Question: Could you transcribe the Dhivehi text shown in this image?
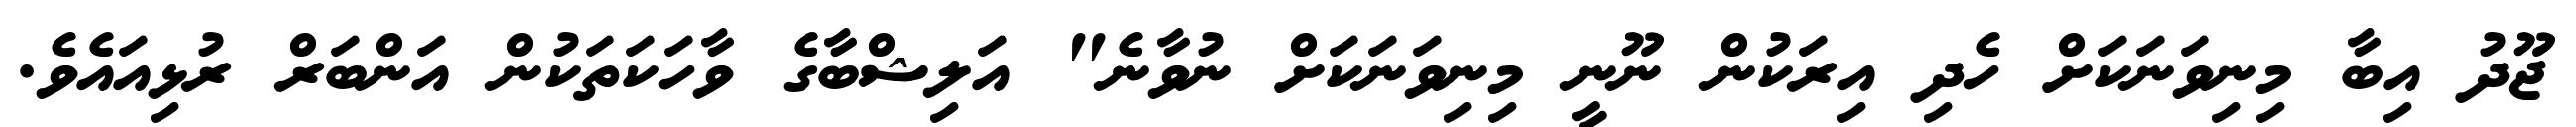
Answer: ޖޫދު އިބާ މިނިވަނަކަށް ހެދި އިރަކުން ނޫނީ މިނިވަނަކަށް ނުވާނެ" އަލިޝްބާގެ ވާހަކަތަކުން އަންބަރް ރުޅިއައެވެ.